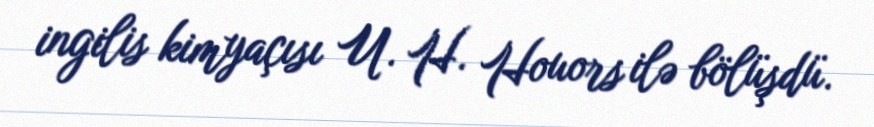
ingilis kimyaçısı U. H. Houors ilə bölüşdü.